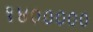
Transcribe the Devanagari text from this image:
१४०००००